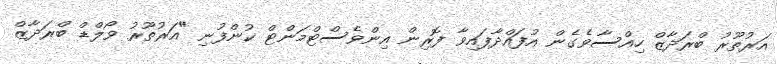
އަރުތޫރު ބްރަދާޒް ހިއްސާވެގެން އުފައްދާފައިވާ ފޮރިން އިންވެސްޓްމަންޓް ކުންފުނި "އަރުތޫރު ވޯލްޑް ބްރަދާޒް